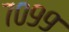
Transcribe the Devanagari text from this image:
७०९९